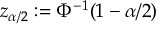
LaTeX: z _ { \alpha / 2 } : = \Phi ^ { - 1 } ( 1 - \alpha / 2 )